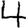
Digit: 4